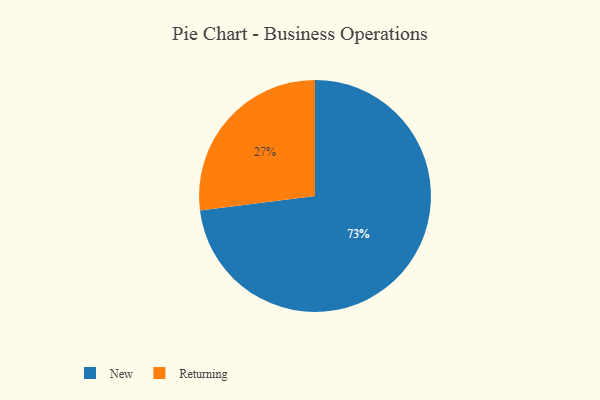
{"axis": {"x": "Category", "y": "Percentage"}, "legend": ["New", "Returning"], "data": [{"x": "Returning", "y": 27, "type": "Returning"}, {"x": "New", "y": 73, "type": "New"}]}